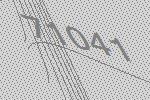
71041